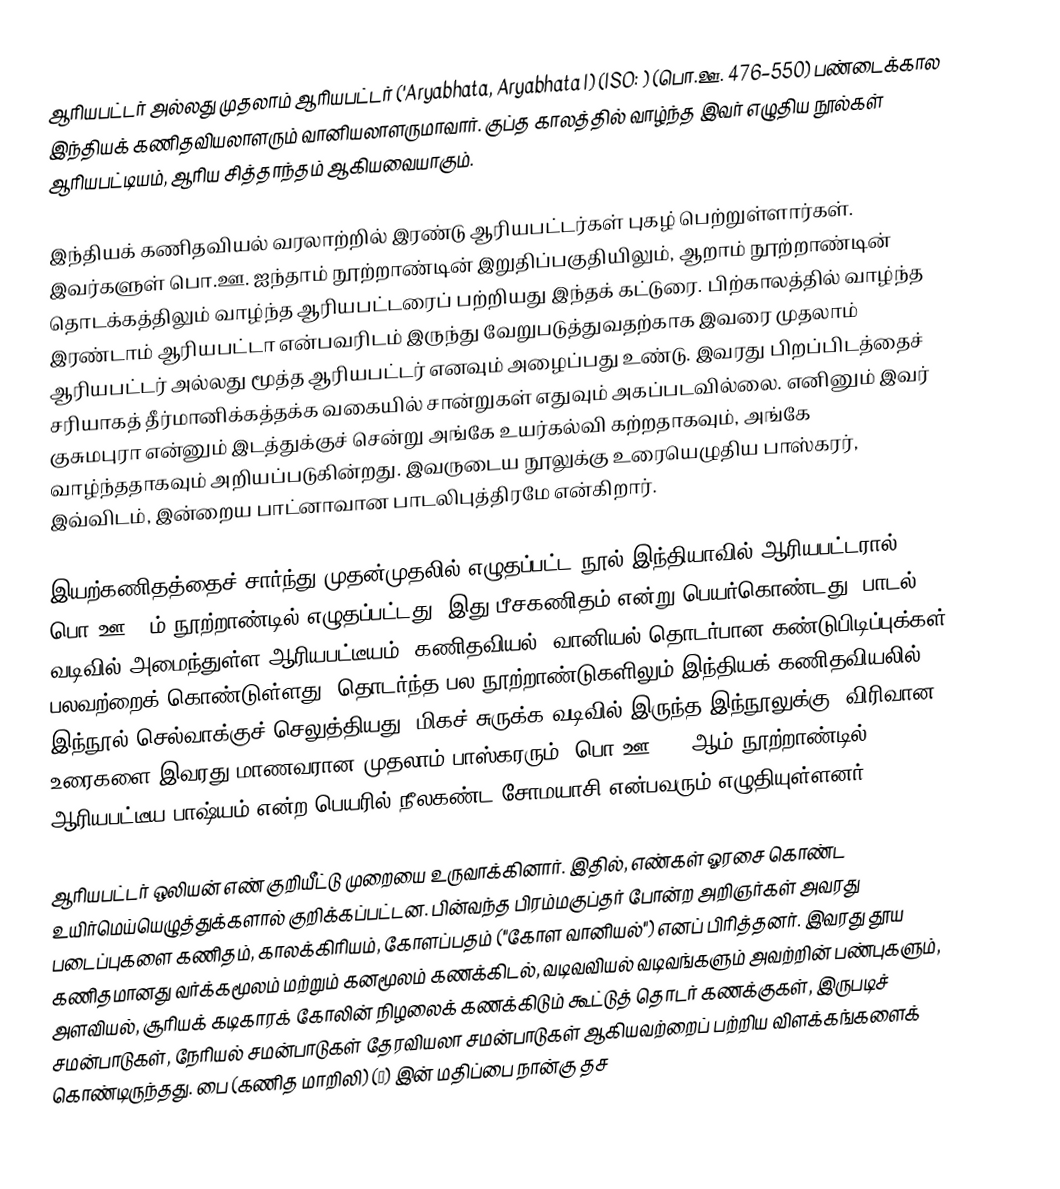
ஆரியபட்டர் அல்லது முதலாம் ஆரியபட்டர் ('Aryabhata, Aryabhata I) (ISO: ) (பொ.ஊ. 476–550) பண்டைக்கால இந்தியக் கணிதவியலாளரும் வானியலாளருமாவார். குப்த காலத்தில் வாழ்ந்த இவர் எழுதிய நூல்கள் ஆரியபட்டியம், ஆரிய சித்தாந்தம் ஆகியவையாகும்.

இந்தியக் கணிதவியல் வரலாற்றில் இரண்டு ஆரியபட்டர்கள் புகழ் பெற்றுள்ளார்கள். இவர்களுள் பொ.ஊ. ஐந்தாம் நூற்றாண்டின் இறுதிப்பகுதியிலும், ஆறாம் நூற்றாண்டின் தொடக்கத்திலும் வாழ்ந்த ஆரியபட்டரைப் பற்றியது இந்தக் கட்டுரை. பிற்காலத்தில் வாழ்ந்த இரண்டாம் ஆரியபட்டா என்பவரிடம் இருந்து வேறுபடுத்துவதற்காக இவரை முதலாம் ஆரியபட்டர் அல்லது மூத்த ஆரியபட்டர் எனவும் அழைப்பது உண்டு. இவரது பிறப்பிடத்தைச் சரியாகத் தீர்மானிக்கத்தக்க வகையில் சான்றுகள் எதுவும் அகப்படவில்லை. எனினும் இவர் குசுமபுரா என்னும் இடத்துக்குச் சென்று அங்கே உயர்கல்வி கற்றதாகவும், அங்கே வாழ்ந்ததாகவும் அறியப்படுகின்றது. இவருடைய நூலுக்கு உரையெழுதிய பாஸ்கரர், இவ்விடம், இன்றைய பாட்னாவான பாடலிபுத்திரமே என்கிறார்.

இயற்கணிதத்தைச் சார்ந்து முதன்முதலில் எழுதப்பட்ட நூல் இந்தியாவில் ஆரியபட்டரால் பொ.ஊ. 5ம் நூற்றாண்டில் எழுதப்பட்டது. இது பீசகணிதம் என்று பெயர்கொண்டது. பாடல் வடிவில் அமைந்துள்ள ஆரியபட்டீயம், கணிதவியல், வானியல் தொடர்பான கண்டுபிடிப்புக்கள் பலவற்றைக் கொண்டுள்ளது. தொடர்ந்த பல நூற்றாண்டுகளிலும் இந்தியக் கணிதவியலில் இந்நூல் செல்வாக்குச் செலுத்தியது. மிகச் சுருக்க வடிவில் இருந்த இந்நூலுக்கு, விரிவான உரைகளை இவரது மாணவரான முதலாம் பாஸ்கரரும்; பொ.ஊ. 15 ஆம் நூற்றாண்டில், ஆரியபட்டீய பாஷ்யம் என்ற பெயரில் நீலகண்ட சோமயாசி என்பவரும் எழுதியுள்ளனர்.

ஆரியபட்டர் ஒலியன் எண் குறியீட்டு முறையை உருவாக்கினார். இதில், எண்கள் ஓரசை கொண்ட உயிர்மெய்யெழுத்துக்களால் குறிக்கப்பட்டன. பின்வந்த பிரம்மகுப்தர் போன்ற அறிஞர்கள் அவரது படைப்புகளை கணிதம், காலக்கிரியம், கோளப்பதம் ("கோள வானியல்") எனப் பிரித்தனர். இவரது தூய கணிதமானது வர்க்கமூலம் மற்றும் கனமூலம் கணக்கிடல், வடிவவியல் வடிவங்களும் அவற்றின் பண்புகளும், அளவியல், சூரியக் கடிகாரக் கோலின் நிழலைக் கணக்கிடும் கூட்டுத் தொடர் கணக்குகள், இருபடிச் சமன்பாடுகள், நேரியல் சமன்பாடுகள் தேரவியலா சமன்பாடுகள் ஆகியவற்றைப் பற்றிய விளக்கங்களைக் கொண்டிருந்தது. பை (கணித மாறிலி) (π) இன் மதிப்பை நான்கு தச